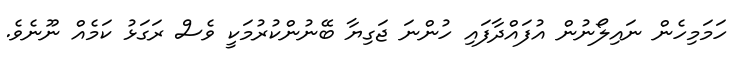
ހަމަމިހެން ނައިލޯނުން އުފައްދާފައި ހުންނަ ޖަގިޔާ ބޭނުންކުރުމަކީ ވެސް ރަގަޅު ކަމެއް ނޫނެވެ.